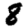
Digit: 8